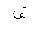
Letter: _fa